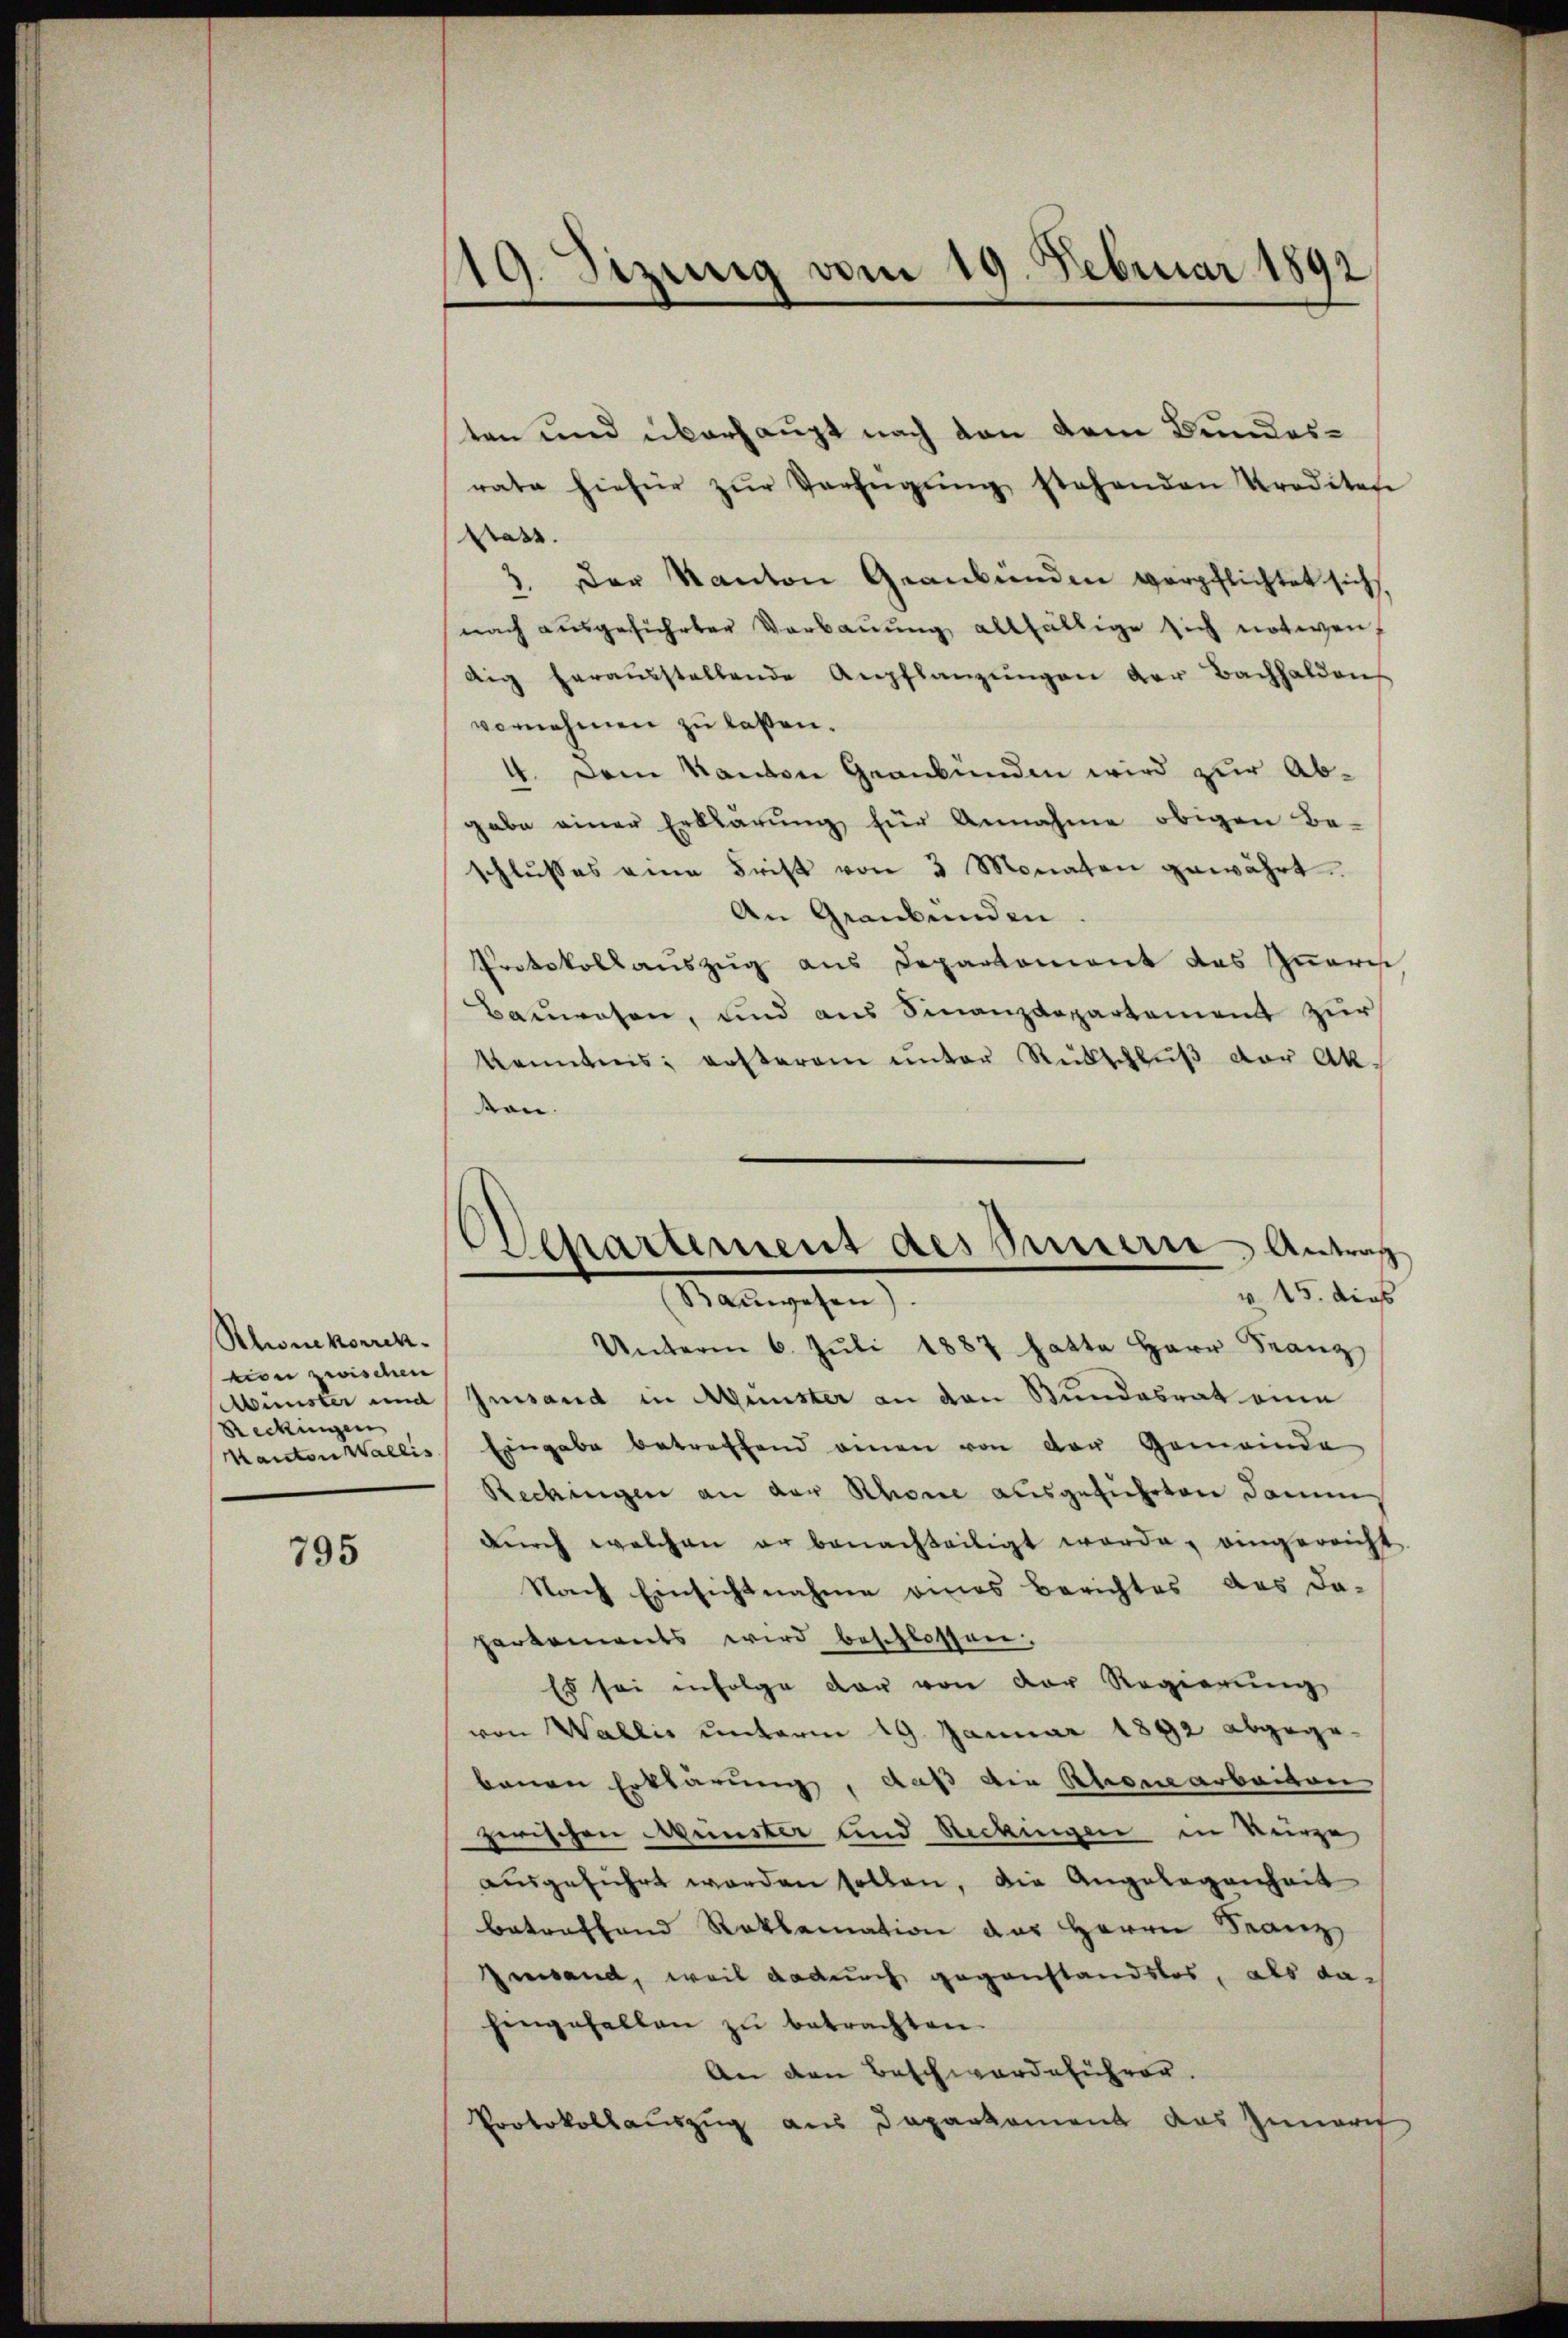
Rlwikorrek
vion zwischen
Reckingen
Kanton Wallis.

795

19. Sizung vom 19. Februar 1892

ten und überhaupt nach den dem Bundesrate hiefür zŭr Verfügŭng stehenden Krediten
statt.
2. Der Kanton Graubünden verpflichtet sich
nach ausgeführter Verbauung allfältige sich notwendig heraŭsstellende Anpflanzŭngen der Bachhalden
vornehmen zu laßen.
4. Dem Kanton Graubünden wird zur Abgabe einer Erklärŭng für Annahme obigen Be-
schlŭsses eine Frist von 3 Monaten gewährt.
An Graubünden
Protokollauszug aus Departement das Quarii
Bauwesen, und aus Finanzdepartement zur
kenntnis ersterem unter Rückschlŭβ der Ak-
ton.
Unterm 6. Juli 1887 hatte Herr Franz
Münster und Gesand in Münster an von Bundesrat eine
Eingabe betreffend einen von der Gemeinde
Reckingen an der Rhone ausgeführten dami
dŭrch welchen er benachteiligt werde, eingereicht
Nach Einsichtnahme eines Berichtes das da-
herkoments wird beschlossen,
Es sei infolge der von der Regierung
von Wallis unterm 19. Januar 1892 abgegebauen Erklärung, daß die Rhonearbeiten
zerischen Münster und Rechingen in kurze
ausgeführt worden sollen, die Angelegenheit
betreffend Roklamation des Herrn Franz
Gesand, weil dadurch gegenstandslos, als dahingefallen zu betrachten.
An den Beschwerdeführer.
Protokollauszug aus Daparkament das Zunarch

.
Separtement des Peterie, Antrag
v. 15. dies
Madingschen